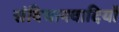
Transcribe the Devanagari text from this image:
संविधानवादियों